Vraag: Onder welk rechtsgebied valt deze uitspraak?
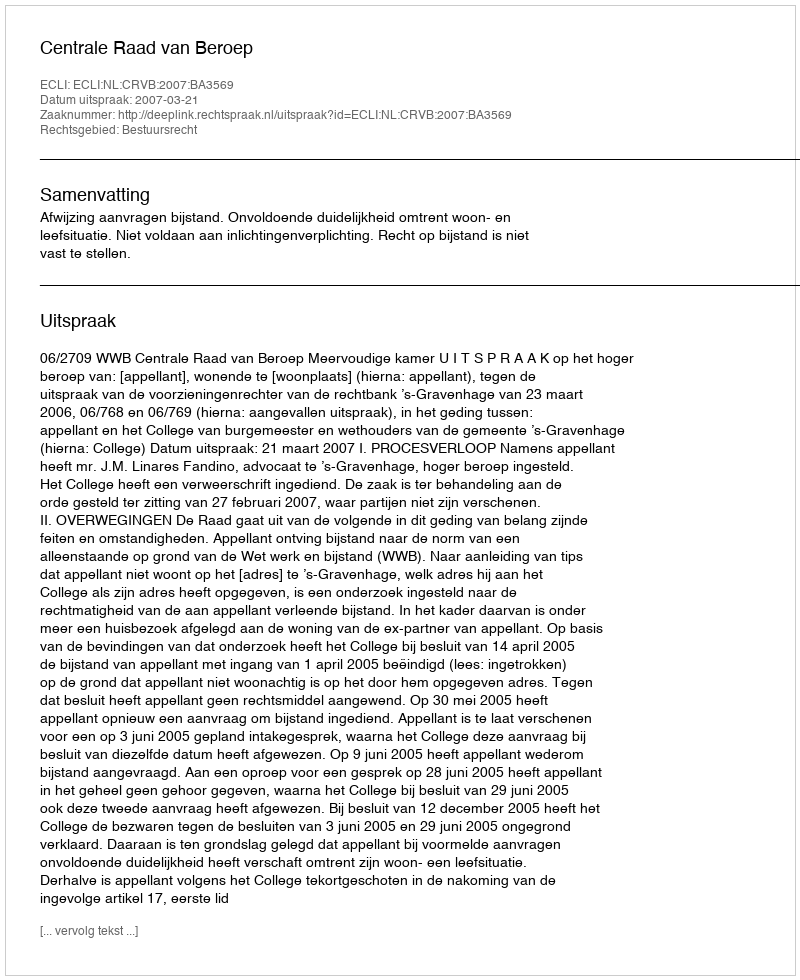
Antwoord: Bestuursrecht